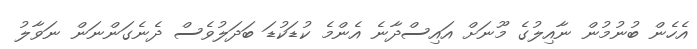
އެހެން ބުނުމުން ނާއިލުގެ މޫނަށް އައިސްދާނެ އެންމެ ކުޑަކުޑަ ބަދަލުވެސް ދެނެގަންނަން ނަވާލު